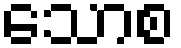
သောစ